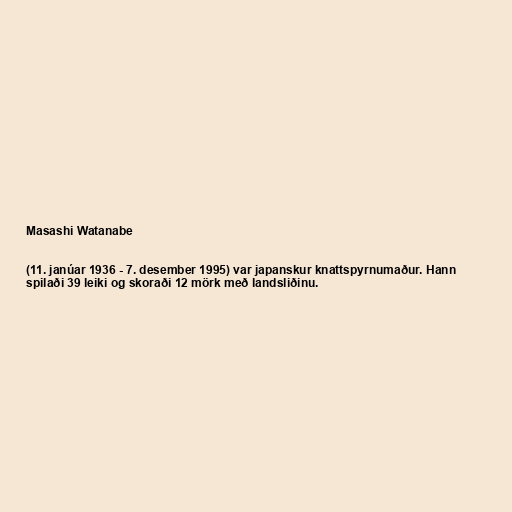
Masashi Watanabe

(11. janúar 1936 - 7. desember 1995) var japanskur knattspyrnumaður. Hann
spilaði 39 leiki og skoraði 12 mörk með landsliðinu.